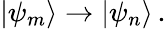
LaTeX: |\psi_{m}\rangle\rightarrow|\psi_{n}\rangle\, .